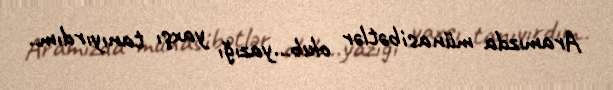
Aramızda münasibətlər olub...yazığı yaxşı tanıyırdım..